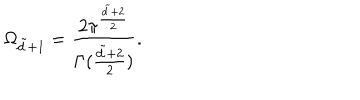
LaTeX: \Omega _ { \tilde { d } + 1 } = { \frac { 2 \pi ^ { { \frac { \tilde { d } + 2 } { 2 } } } } { \Gamma ( { \frac { \tilde { d } + 2 } { 2 } } ) } } .